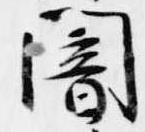
闇